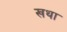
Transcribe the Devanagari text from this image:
खथा